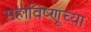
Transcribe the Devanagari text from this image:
महाविष्णूच्या